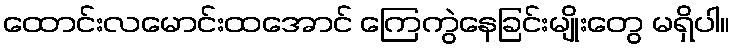
ထောင်းလမောင်းထအောင် ကြေကွဲနေခြင်းမျိုးတွေ မရှိပါ။